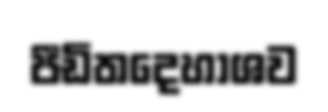
පීඩිතදෙහාශව